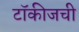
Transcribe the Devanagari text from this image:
टॉकीजची